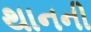
થાનની